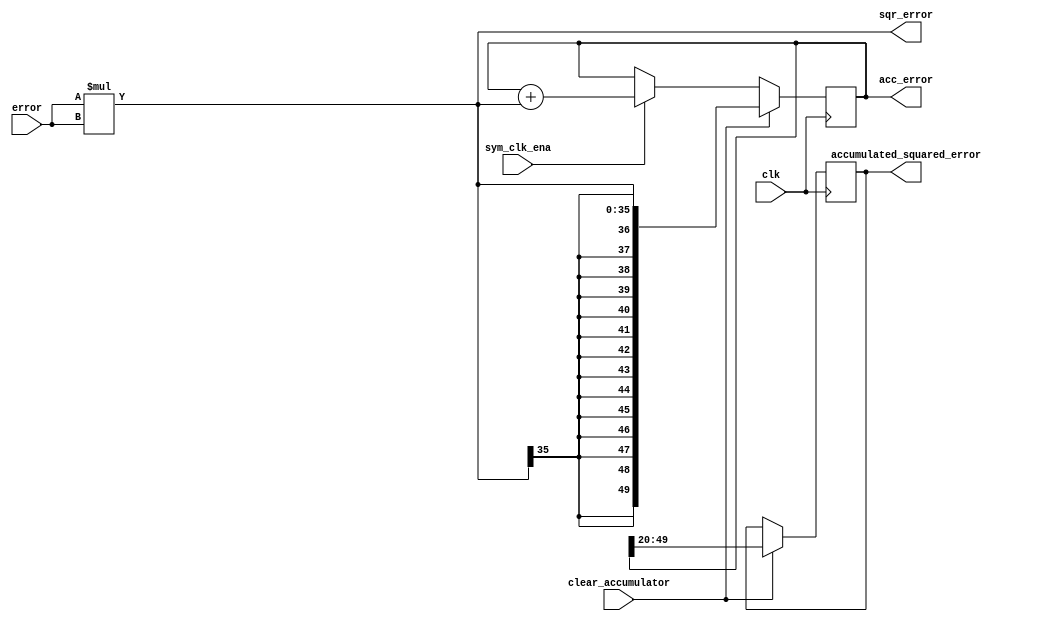
module average_accumulated_squared_error #(
    parameter DATA_WIDTH = 18, // DATA WIDTH
    parameter ACC_DATA_WIDTH = 50, // accumulator data width
    parameter SQUR_ERROR_DATA_WIDTH = 36,
    parameter ACC_SQR_ERROR_DATA_WIDTH = 30,
    parameter ACC_IN_PADDING = ACC_DATA_WIDTH- SQUR_ERROR_DATA_WIDTH
)(
    input clk, clear_accumulator, sym_clk_ena,
    input wire signed [DATA_WIDTH-1:0] error, // 1s17
    output reg  [ACC_DATA_WIDTH-1:0] acc_error, // 16u34
    output reg  [SQUR_ERROR_DATA_WIDTH-1:0] sqr_error, //2u34
    output reg  [ACC_SQR_ERROR_DATA_WIDTH-1:0] accumulated_squared_error // -4u34

);


always @ *
    sqr_error = error * error;

// accumulator
always @(posedge clk)
    if(clear_accumulator)
        acc_error <= {{ACC_IN_PADDING{sqr_error[SQUR_ERROR_DATA_WIDTH-1]}}, sqr_error};
    else if (sym_clk_ena)
        acc_error <= acc_error + {{ACC_IN_PADDING{1'b0}}, sqr_error}; //16u34 + 2u34 padded to 16u34
    else
        acc_error <= acc_error; 

// averaging
always @ (posedge clk)
    if(clear_accumulator)
        accumulated_squared_error <= acc_error[49:20]; // -4u30
    else
        accumulated_squared_error <= accumulated_squared_error;



endmodule